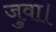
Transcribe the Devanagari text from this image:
जुवा।